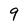
Character: 9